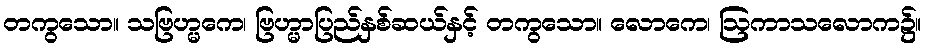
တကွသော။ သဗြဟ္မကေ၊ ဗြဟ္မာပြည်နှစ်ဆယ်နှင့် တကွသော။ လောကေ၊ ဩကာသလောက၌။